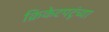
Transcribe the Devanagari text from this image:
क्रिकेटपटूंच्या